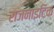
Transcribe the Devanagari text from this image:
राजनाइटिक